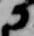
に